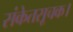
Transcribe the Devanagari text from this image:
संकेतसूचक।